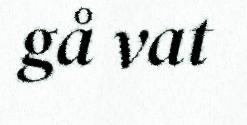
gå vat